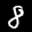
Label: 8